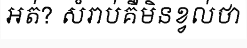
អត់? សំរាប់គឺមិនខ្វល់ថា